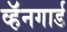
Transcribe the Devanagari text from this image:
व्हॅनगार्ड